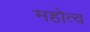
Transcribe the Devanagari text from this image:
महोत्व